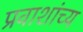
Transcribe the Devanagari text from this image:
प्रवाशांच्य